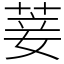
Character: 菨